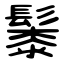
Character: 䰍